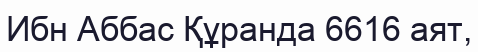
Ибн Аббас Құранда 6616 аят,